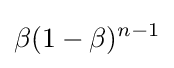
\beta (1-\beta )^{n-1}